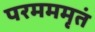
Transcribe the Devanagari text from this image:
परमममृतं